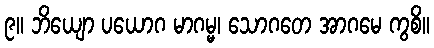
၉။ ဘိယျော ပယောဂ မာဂမ္မ၊ သောဂတေ အာဂမေ ကွစိ။